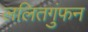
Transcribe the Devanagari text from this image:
ललितगुंफन